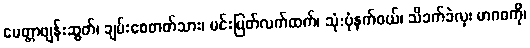
မေတ္တာဖျန်းဆွတ်၊ ချမ်းစေတတ်သား၊ မင်းမြတ်လက်ထက်၊ သုံ:ပုံနက်ဝယ်၊ သိခက်ခဲလှ၊ မာဂဓကို၊